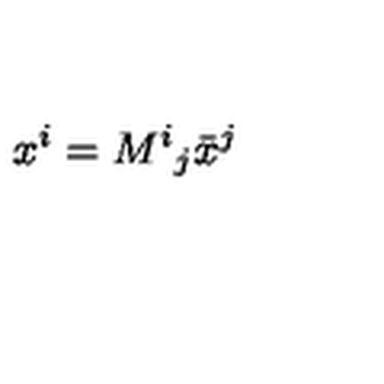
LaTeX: x ^ { i } = { M ^ { i } { } _ { j } } { \bar { x } } ^ { j }